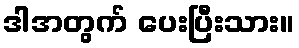
ဒါအတွက် ပေးပြီးသား။